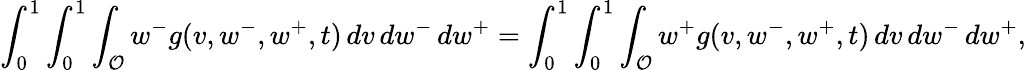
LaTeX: \int_{0}^{1}\int_{0}^{1}\int_{\mathcal{O}}w^{-}g(v,w^{-},w^{+},t)\, dv\, dw^{-}\, dw^{+}=\int_{0}^{1}\int_{0}^{1}\int_{\mathcal{O}}w^{+}g(v,w^{-},w^{+},t)\, dv\, dw^{-}\, dw^{+},